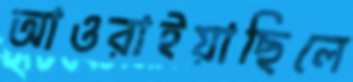
আওরাইয়াছিলে